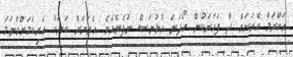
އަކްރަމް އެރަށަށް ދާ ފަހަރަކުން ހޯދަން އުޅުނަސް ނުފެނެއެވެ. އެރަަށަށް ބަޔަކު އެރިކަމަށްވާނަމަ